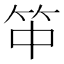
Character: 𥫯